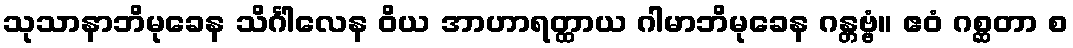
သုသာနာဘိမုခေန သိင်္ဂါလေန ဝိယ အာဟာရတ္ထာယ ဂါမာဘိမုခေန ဂန္တဗ္ဗံ။ ဧဝံ ဂစ္ဆတာ စ